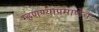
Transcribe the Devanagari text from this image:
म्हणण्याप्रमाणेच